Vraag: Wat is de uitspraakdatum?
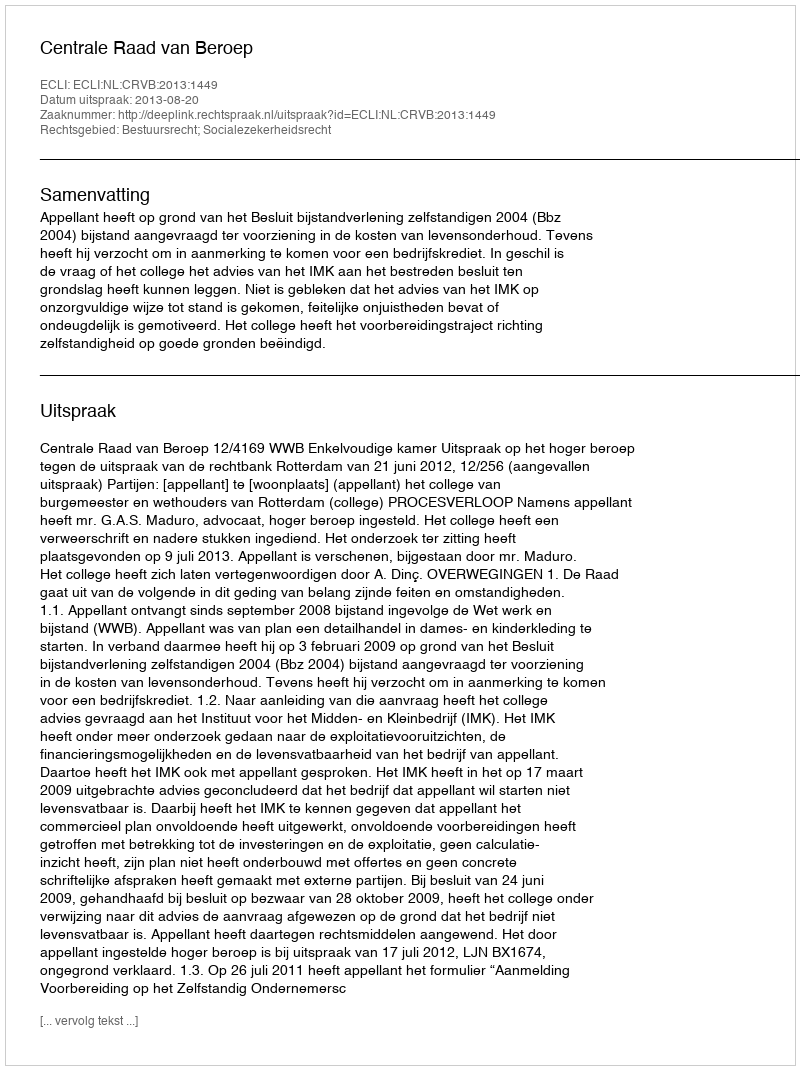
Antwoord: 2013-08-20